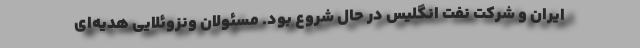
ایران و شرکت نفت انگلیس در حال شروع بود. مسئولان ونزوئلایی هدیه‌ای